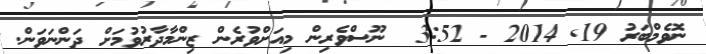
ނޮވެމްބަރު 19